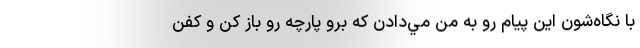
با نگاه‌شون اين پيام رو به من مي‌دادن كه برو پارچه رو باز كن و كفن